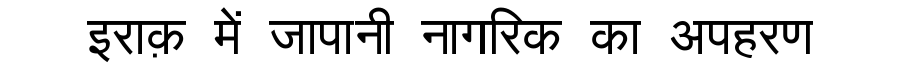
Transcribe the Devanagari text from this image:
इराक़ में जापानी नागरिक का अपहरण